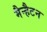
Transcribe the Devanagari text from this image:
मैन्हैटन